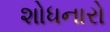
શોધનારો